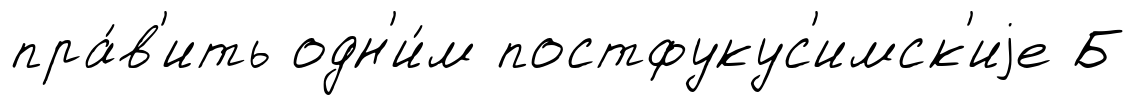
пра́в'ить одн'и́м постфукус'имск'иjе Б